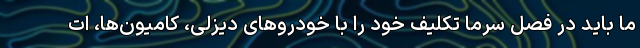
ما باید در فصل سرما تکلیف خود را با خودروهای دیزلی، کامیون‌ها، ات